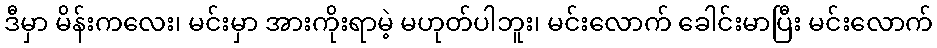
ဒီမှာ မိန်းကလေး၊ မင်းမှာ အားကိုးရာမဲ့ မဟုတ်ပါဘူး၊ မင်းလောက် ခေါင်းမာပြီး မင်းလောက်